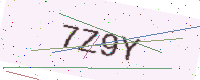
Text: 7Z9Y